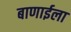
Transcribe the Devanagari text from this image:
बाणाईला